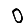
Digit: 0